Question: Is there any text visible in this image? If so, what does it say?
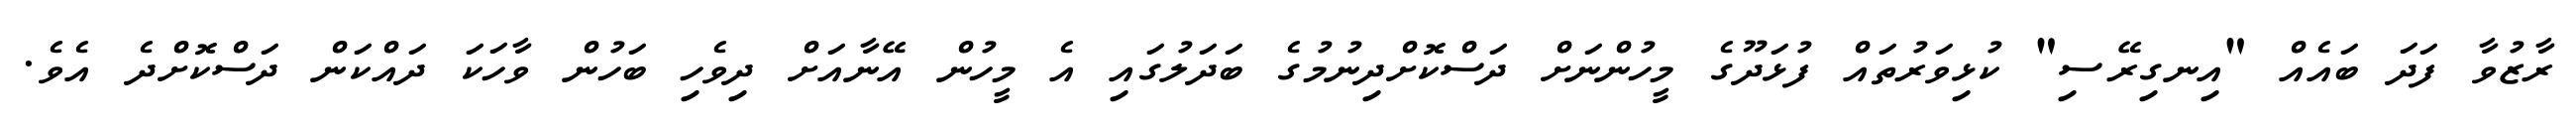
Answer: ރާޒުވާ ފަދަ ބައެއް "އިނގިރޭސި" ކުޅިވަރުތައް ފުޅަދޫގެ މީހުންނަށް ދަސްކޮށްދިނުމުގެ ބަދަލުގައި އެ މީހުން އޭނާއަށް ދިވެހި ބަހުން ވާހަކަ ދައްކަން ދަސްކޮށްދެ އެވެ.